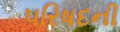
પરિષદની